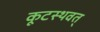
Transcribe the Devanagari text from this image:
कूटस्थवत्‌